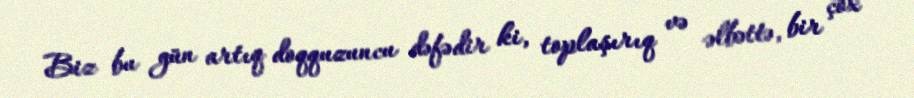
Biz bu gün artıq doqquzuncu dəfədir ki, toplaşırıq və əlbəttə, bir çox